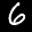
Label: 6